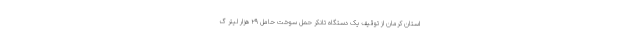
استان کرمان از توقیف یک دستگاه تانکر حمل سوخت حامل ۲۹ هزار لیتر گ